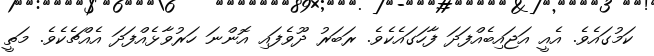
ކަމުގައެވެ. އެއީ އަޖައިބެއްފަދަ ފާހަގައެކެވެ. ރަބަރު ދޫވެފައި އޮންނަ ހަރުވާޅެއްފަދަ އެއްޗެކެވެ. މަތީ